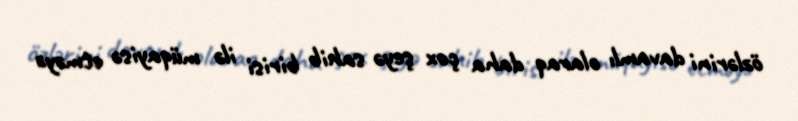
özlərini davamlı olaraq daha çox şeyə sahib birisi ilə müqayisə etməyə